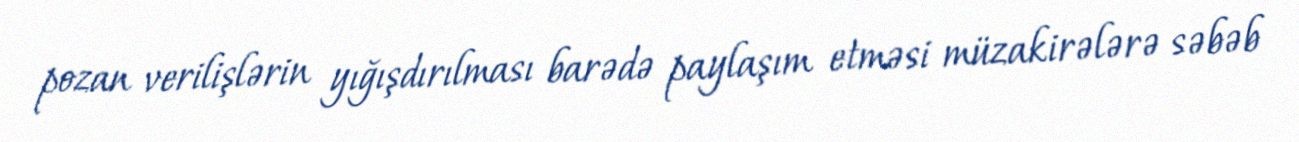
pozan verilişlərin yığışdırılması barədə paylaşım etməsi müzakirələrə səbəb